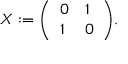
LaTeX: X : = { \left( \begin{array} { l l } { 0 } & { 1 } \\ { 1 } & { 0 } \end{array} \right) } .